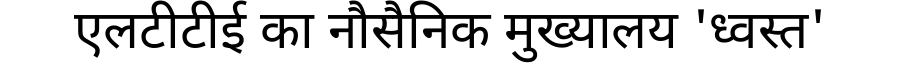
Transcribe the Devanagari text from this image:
एलटीटीई का नौसैनिक मुख्यालय 'ध्वस्त'